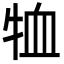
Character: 𭷞